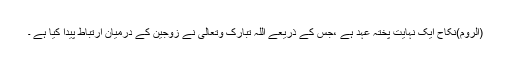
(الروم)نکاح ایک نہایت پختہ عہد ہے ،جس کے ذریعے اللہ تبارک وتعالیٰ نے زوجین کے درمیان ارتباط پیدا کیا ہے ۔